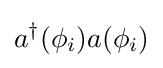
a^{\dagger }(\phi _{i})a(\phi _{i})